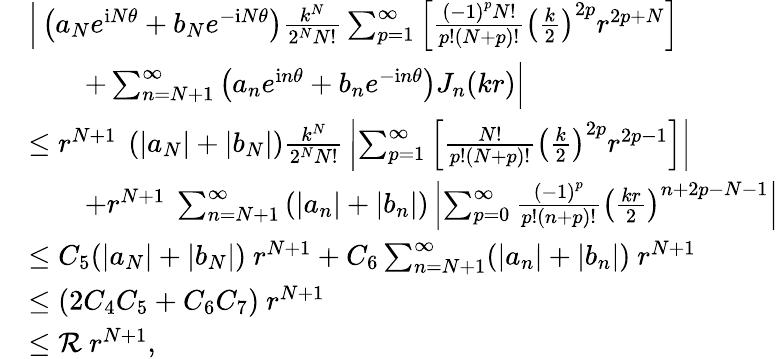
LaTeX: \begin{array}{rl}&{\Big|\left({a_{N}}{e^{\mathrm iN\theta}}+{b_{N}}{e^{-\mathrm iN\theta}}\right){\frac{{k^{N}}}{{2^{N}}N!}}\sum_{p=1}^{\infty}{\left[{{\frac{{{(-1)}^{p}}N!}{p!(N+p)!}}{{\left({{\frac{k}{2}}}\right)}^{2p}}{r^{2p+N}}}\right]}}\\ &{\qquad+\sum_{n=N+1}^{\infty}{\left({a_{n}}{e^{\mathrm in\theta}}+{b_{n}}{e^{-\mathrm in\theta}}\right){J_{n}}(kr)}\Big|}\\ &{\leq r^{N+1}\ \left(|{a_{N}}|+|{b_{N}}|\right){\frac{{k^{N}}}{{2^{N}}N!}}\left|\sum_{p=1}^{\infty}{\left[{{\frac{N!}{p!(N+p)!}}{{\left({{\frac{k}{2}}}\right)}^{2p}}{r^{2p-1}}}\right]}\right|}\\ &{\qquad+r^{N+1}\ \sum_{n=N+1}^{\infty}{\left(|{a_{n}}|+|{b_{n}}|\right)}\left|\sum_{p=0}^{\infty}{{\frac{{{(-1)}^{p}}}{p!(n+p)!}}{{\left({{\frac{kr}{2}}}\right)}^{n+2p-N-1}}}\right|}\\ &{\leq C_{5}(|a_{N}|+|b_{N}|)\ r^{N+1}+C_{6}\sum_{n=N+1}^{\infty}(|a_{n}|+|b_{n}|)\ r^{N+1}}\\ &{\leq(2C_{4}C_{5}+C_{6}C_{7})\ r^{N+1}}\\ &{\leq\mathcal R\ r^{N+1},}\end{array}